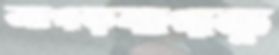
আগড়বাগড়